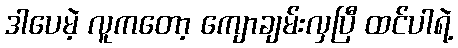
ဒါပေမဲ့ လူကတော့ ကျောချမ်းလှပြီ ထင်ပါရဲ့